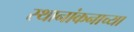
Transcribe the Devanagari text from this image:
स्थानांकनाच्या